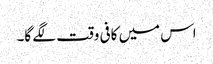
اس میں کافی وقت لگے گا۔